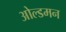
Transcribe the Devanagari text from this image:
ओल्डमन